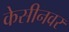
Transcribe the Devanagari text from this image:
केसीनवर